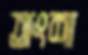
অংশা